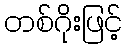
တစ်ဂိုးဖြင့်